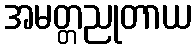
အမတ္တညုတာယ